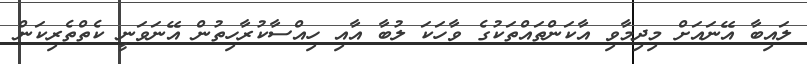
ލައިބާ އޭނައަށް މިދިމާވި އާކަންތައްތަކުގެ ވާހަކަ ލުބާ އާއި ހިއްސާކުރާހިތުން އޭނަވަނީ ކެތްތެރިކަން